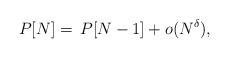
LaTeX: \begin{align*} P[N]=\,P[N-1]+{o}(N^\delta), \end{align*}